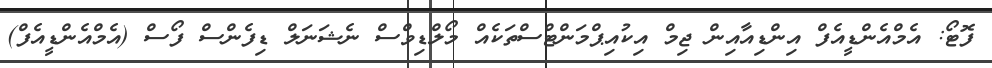
ފޮޓޯ: އެމްއެންޑީއެފް އިންޑިއާއިން ޖިމް އިކުއިޕްމަންޓްސްތަކެއް މޯލްޑިވްސް ނެޝަނަލް ޑިފެންސް ފޯސް (އެމްއެންޑީއެފް)